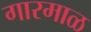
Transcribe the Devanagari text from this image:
गारमाळ